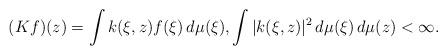
LaTeX: \begin{align*}(Kf)(z)=\int k(\xi, z) f(\xi)\,d\mu(\xi), \int |k(\xi, z)|^2\,d\mu(\xi)\,d\mu(z)<\infty.\end{align*}